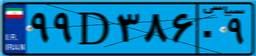
۸۹D۳۵۳۵۳